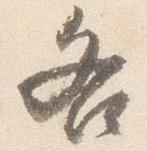
各